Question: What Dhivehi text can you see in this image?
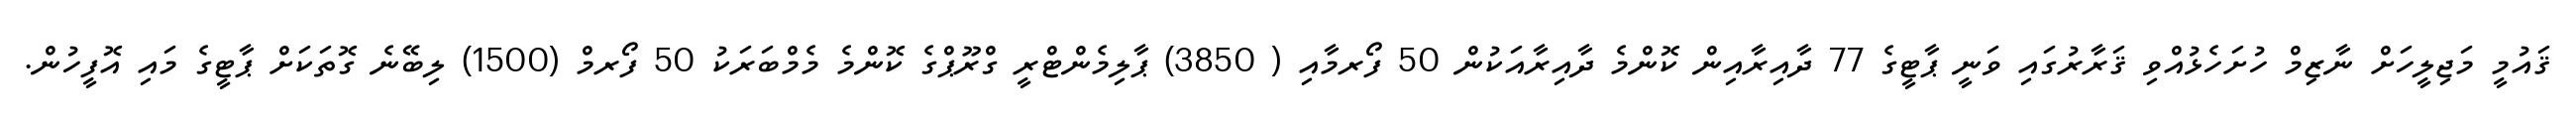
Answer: ޤައުމީ މަޖިލީހަށް ނާޒިމް ހުށަހެޅުއްވި ޤަރާރުގައި ވަނީ ޕާޓީގެ 77 ދާއިރާއިން ކޮންމެ ދާއިރާއަކުން 50 ފޯރމާއި ( 3850) ޕާލިމެންޓްރީ ގްރޫޕްގެ ކޮންމެ މެމްބަރަކު 50 ފޯރމް (1500) ލިބޭނެ ގޮތަކަށް ޕާޓީގެ މައި އޮފީހުން.